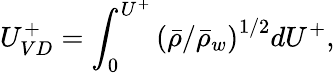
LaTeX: {U_{VD}^{+}=\int_{0}^{U^{+}}\left(\bar{\rho}/\bar{\rho}_{w}\right)^{1/2}dU^{+},}